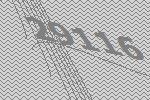
29116